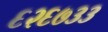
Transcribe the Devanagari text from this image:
६२६७३३